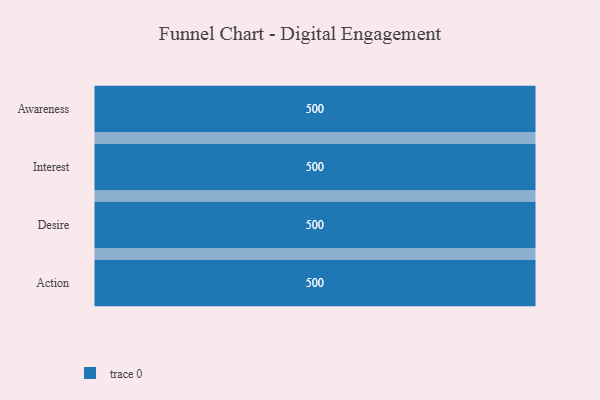
{"axis": {"x": "Stage", "y": "Value"}, "legend": [""], "data": [{"x": "Awareness", "y": 500, "type": ""}, {"x": "Interest", "y": 500, "type": ""}, {"x": "Desire", "y": 500, "type": ""}, {"x": "Action", "y": 500, "type": ""}]}